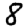
Digit: 8